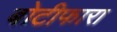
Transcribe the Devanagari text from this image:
बोटीफारा